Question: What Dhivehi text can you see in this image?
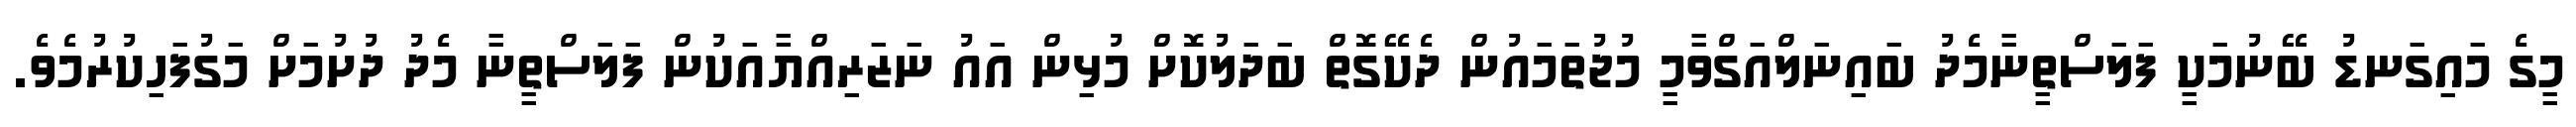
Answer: މީގެ މައިގަނޑު ބޭނުމަކީ ފަލަސްތީނާމެދު ބައިނަލްއަގްވާމީ މުޖުތަމައުން ދެކޭގޮތް ބަދަލުކޮށް މުޅިން އައު ނަޒަރިއްޔާއަކުން ފަލަސްތީނާ މެދު ދުށުމަށް މަގުފަހިކުރުމެވެ.